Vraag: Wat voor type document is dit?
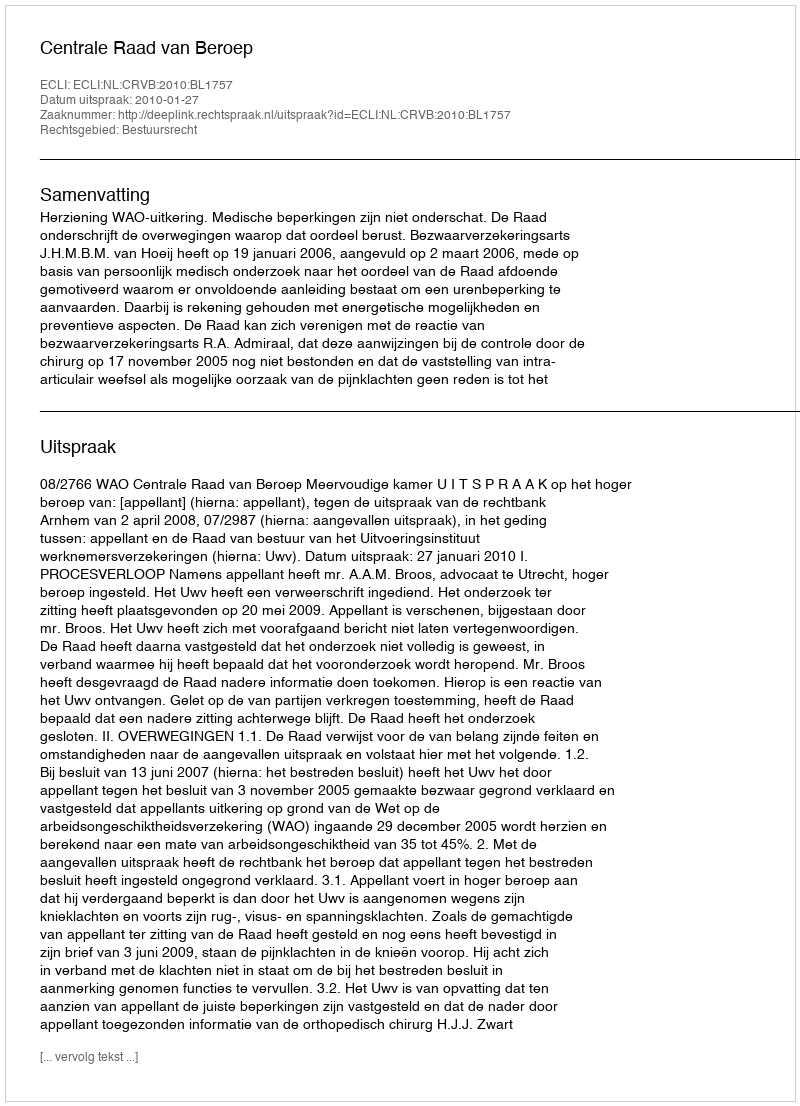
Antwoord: Uitspraak